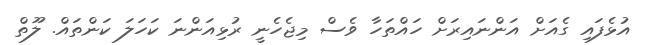
އުޅެފައި ގެއަށް އަންނައިރަށް ހައްތަހާ ވެސް މިޖެހެނީ ރުޅިއަންނަ ކަހަލަ ކަންތައް. ލޫތް